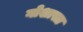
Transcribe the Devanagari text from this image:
गोशास्त्र